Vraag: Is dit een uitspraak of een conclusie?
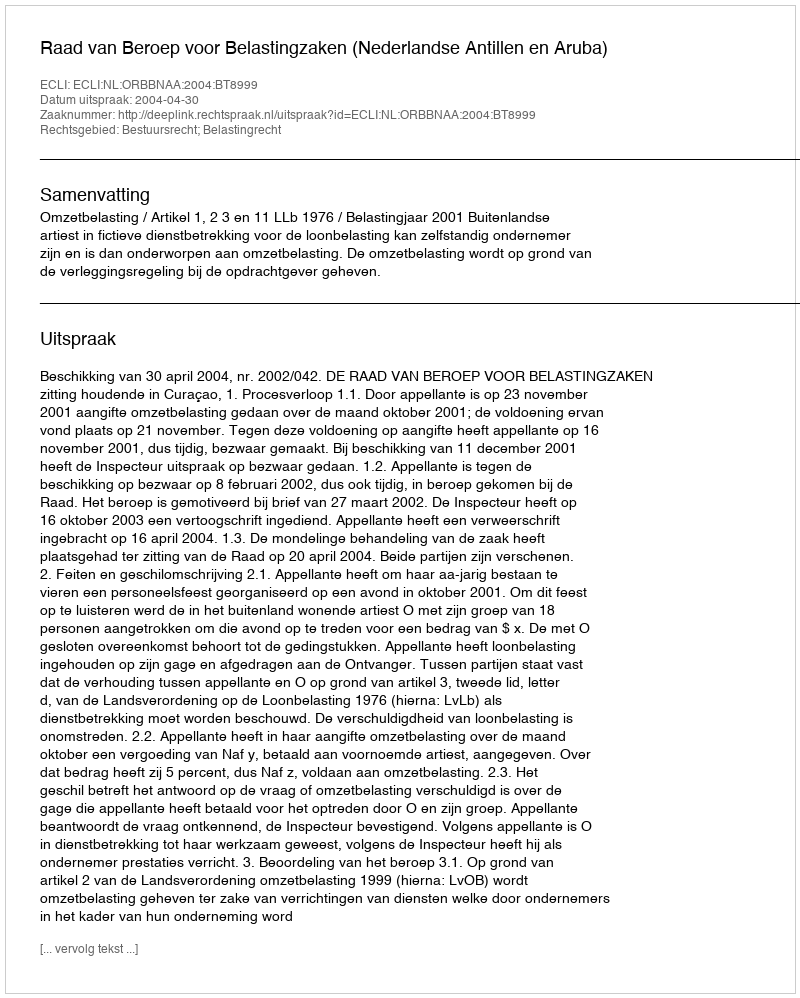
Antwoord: Uitspraak